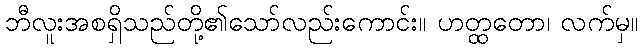
ဘီလူးအစရှိသည်တို့၏သော်လည်းကောင်း။ ဟတ္ထတော၊ လက်မှ။